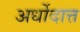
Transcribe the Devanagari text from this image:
अर्धोदात्त